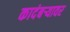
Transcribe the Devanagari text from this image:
कादंबर्‍यावर